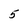
Character: 5